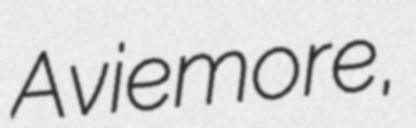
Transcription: Aviemore,